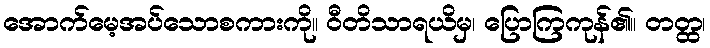
အောက်မေ့အပ်သောစကားကို။ ဝီတိသာရယိမှ၊ ပြောကြကုန်၏။ တတ္ထ၊